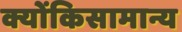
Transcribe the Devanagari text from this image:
क्योंकिसामान्य